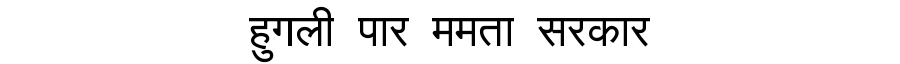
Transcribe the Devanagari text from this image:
हुगली पार ममता सरकार